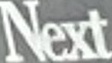
Next